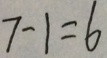
7 - 1 = 6